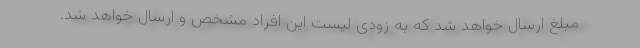
مبلغ ارسال خواهد شد که به زودی لیست این افراد مشخص و ارسال خواهد شد.